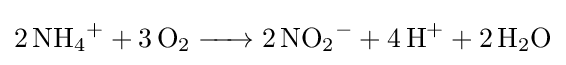
{\ce {2NH4+ + 3O2 -> 2NO2- + 4H+ + 2H2O}}